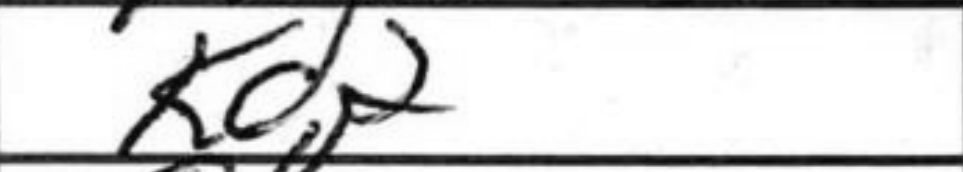
Transcription: Kd2